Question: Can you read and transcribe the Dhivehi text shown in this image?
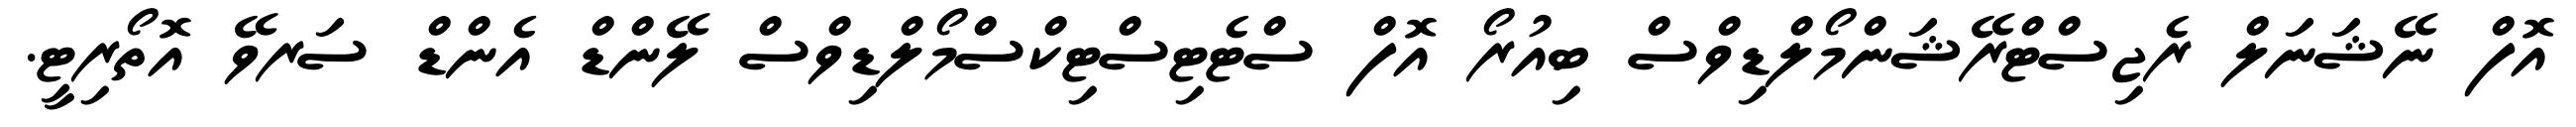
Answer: އޮފް ނޭޝަނަލް ރެޖިސްޓްރޭޝަންމޯލްޑިވްސް ބިއުރޯ އޮފް ސްޓެޓިސްޓިކްސްމޯލްޑިވްސް ލޭންޑް އެންޑް ސަރވޭ އޮތޯރިޓީ.